Leaving Certificate Examination, 1911
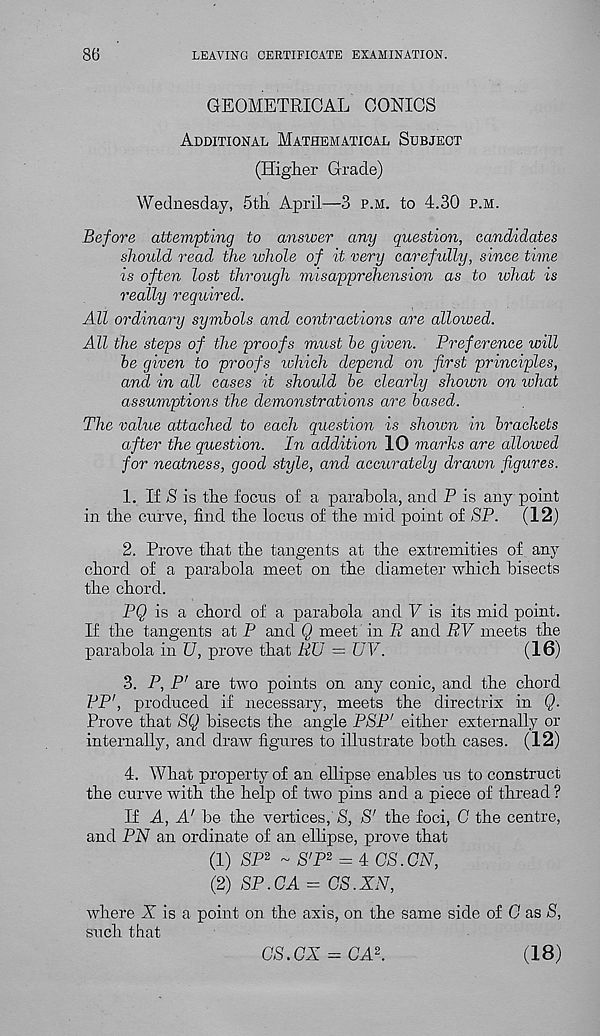
86
LEAVING CERTIFICATE EXAMINATION.
GEOMETRICAL CONICS
Additional Mathematical Subject
(Higher Grade)
Wednesday, 5th April—3 p.m. to 4.30 p.m.
Before attempting to answer any question, candidates
should read the whole of it very carefully, since time
is often lost through misapprehension as to what is
really required.
All ordinary symbols and contractions are allowed.
All the steps of the proofs must be given. Preference will
be given to proofs which depend on first principles,
and in all cases it should be clearly shown on what
assumptions the demonstrations are based.
The value attached to each question is shown in brackets
after the question. In addition 10 marks are allowed
for neatness, good style, and accurately drawn figures.
1. If 8 is the focus of a parabola, and P is any point
in the curve, find the locus of the mid point of SP.
(12)
2. Prove that the tangents at the extremities of any
chord of a parabola meet on the diameter which bisects
the chord.
PQ is a chord of a parabola and V is its mid point.
If the tangents at P and Q meet in E and RV meets the
parabola in U, prove that RU = UV.
(16)
3. P, P' are two points on any conic, and the chord
BP', produced if necessary, meets the directrix in Q.
Prove that SQ bisects the angle PSP' either externally or
internally, and draw figures to illustrate both cases. (12)
4. What property of an ellipse enables us to construct
the curve with the help of two pins and a piece of thread ?
If A, A' be the vertices, 8, 8' the foci, G the centre,
and PJV an ordinate of an ellipse, prove that
(1) HP 2 ~ S'P 2 = 4 G8.GH,
(2) SP.GA = CS.XN,
where X is a point on the axis, on the same side of G as 8,
such that
CS.GX - CA 2 .
(18)